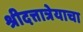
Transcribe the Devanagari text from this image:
श्रीदत्तात्रेयाचा